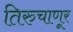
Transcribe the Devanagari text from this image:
तिरुचाणूर